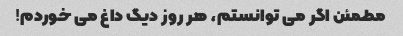
مطمئن اگر می توانستم، هر روز دیگ داغ می خوردم!